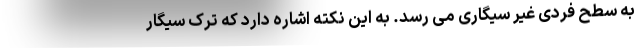
به سطح فردی غیر سیگاری می رسد. به این نکته اشاره دارد که ترک سیگار